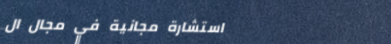
استشارة مجانية في مجال ال